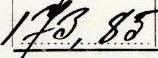
173,85